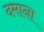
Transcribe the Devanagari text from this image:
दमाना